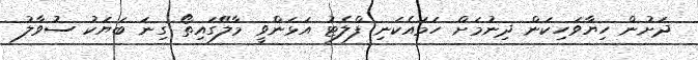
ދަށުން ހިޔާވަހިކަން ދިނުމަށް ހަމައެކަނި ފްލެޓު އަޅަންވީ މާލޭގައިތޯ ގިނަ ބަޔަކު ސުވާލު